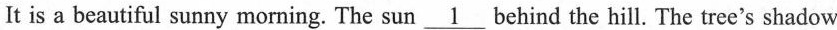
It is a beautiful sunny morning. The sun \underline{1} behind the hill. The tree's shadow